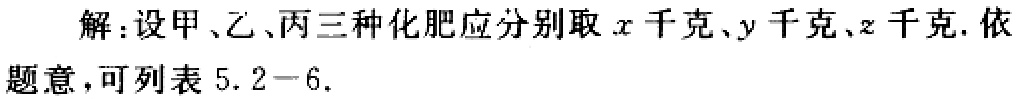
解：设甲、乙、丙三种化肥应分别取\(x\)千克、\(y\)千克、\(z\)千克. 依题意，可列表 \(5.2 - 6\).